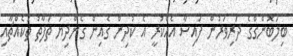
ބިލަބޮންގްގެ ދަރިވަރުން ފައިސާ އެއްކުރީ އެ ކުދިން ގެއިން ގެންދިޔަ ތަފާތު ތަކެއްޗާއި